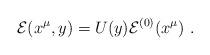
LaTeX: \begin{align*}{\cal E}(x^{\mu},y)=U(y){\cal E}^{(0)}(x^{\mu})\ .\end{align*}